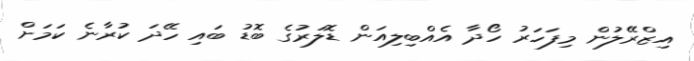
އިޒްރޭލުން މިފަހަރު ހޯދާ އެއްބިލިއަން ޑޮލަރުގެ ބޮޑު ބައި ހޭދަ ކުރާނެ ކަމަށް